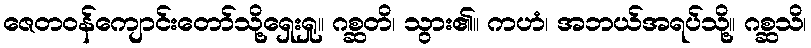
ဇေတဝန်ကျောင်းတော်သို့ရှေးရှု။ ဂစ္ဆတိ၊ သွား၏။ ကဟံ၊ အဘယ်အရပ်သို့။ ဂစ္ဆသိ၊